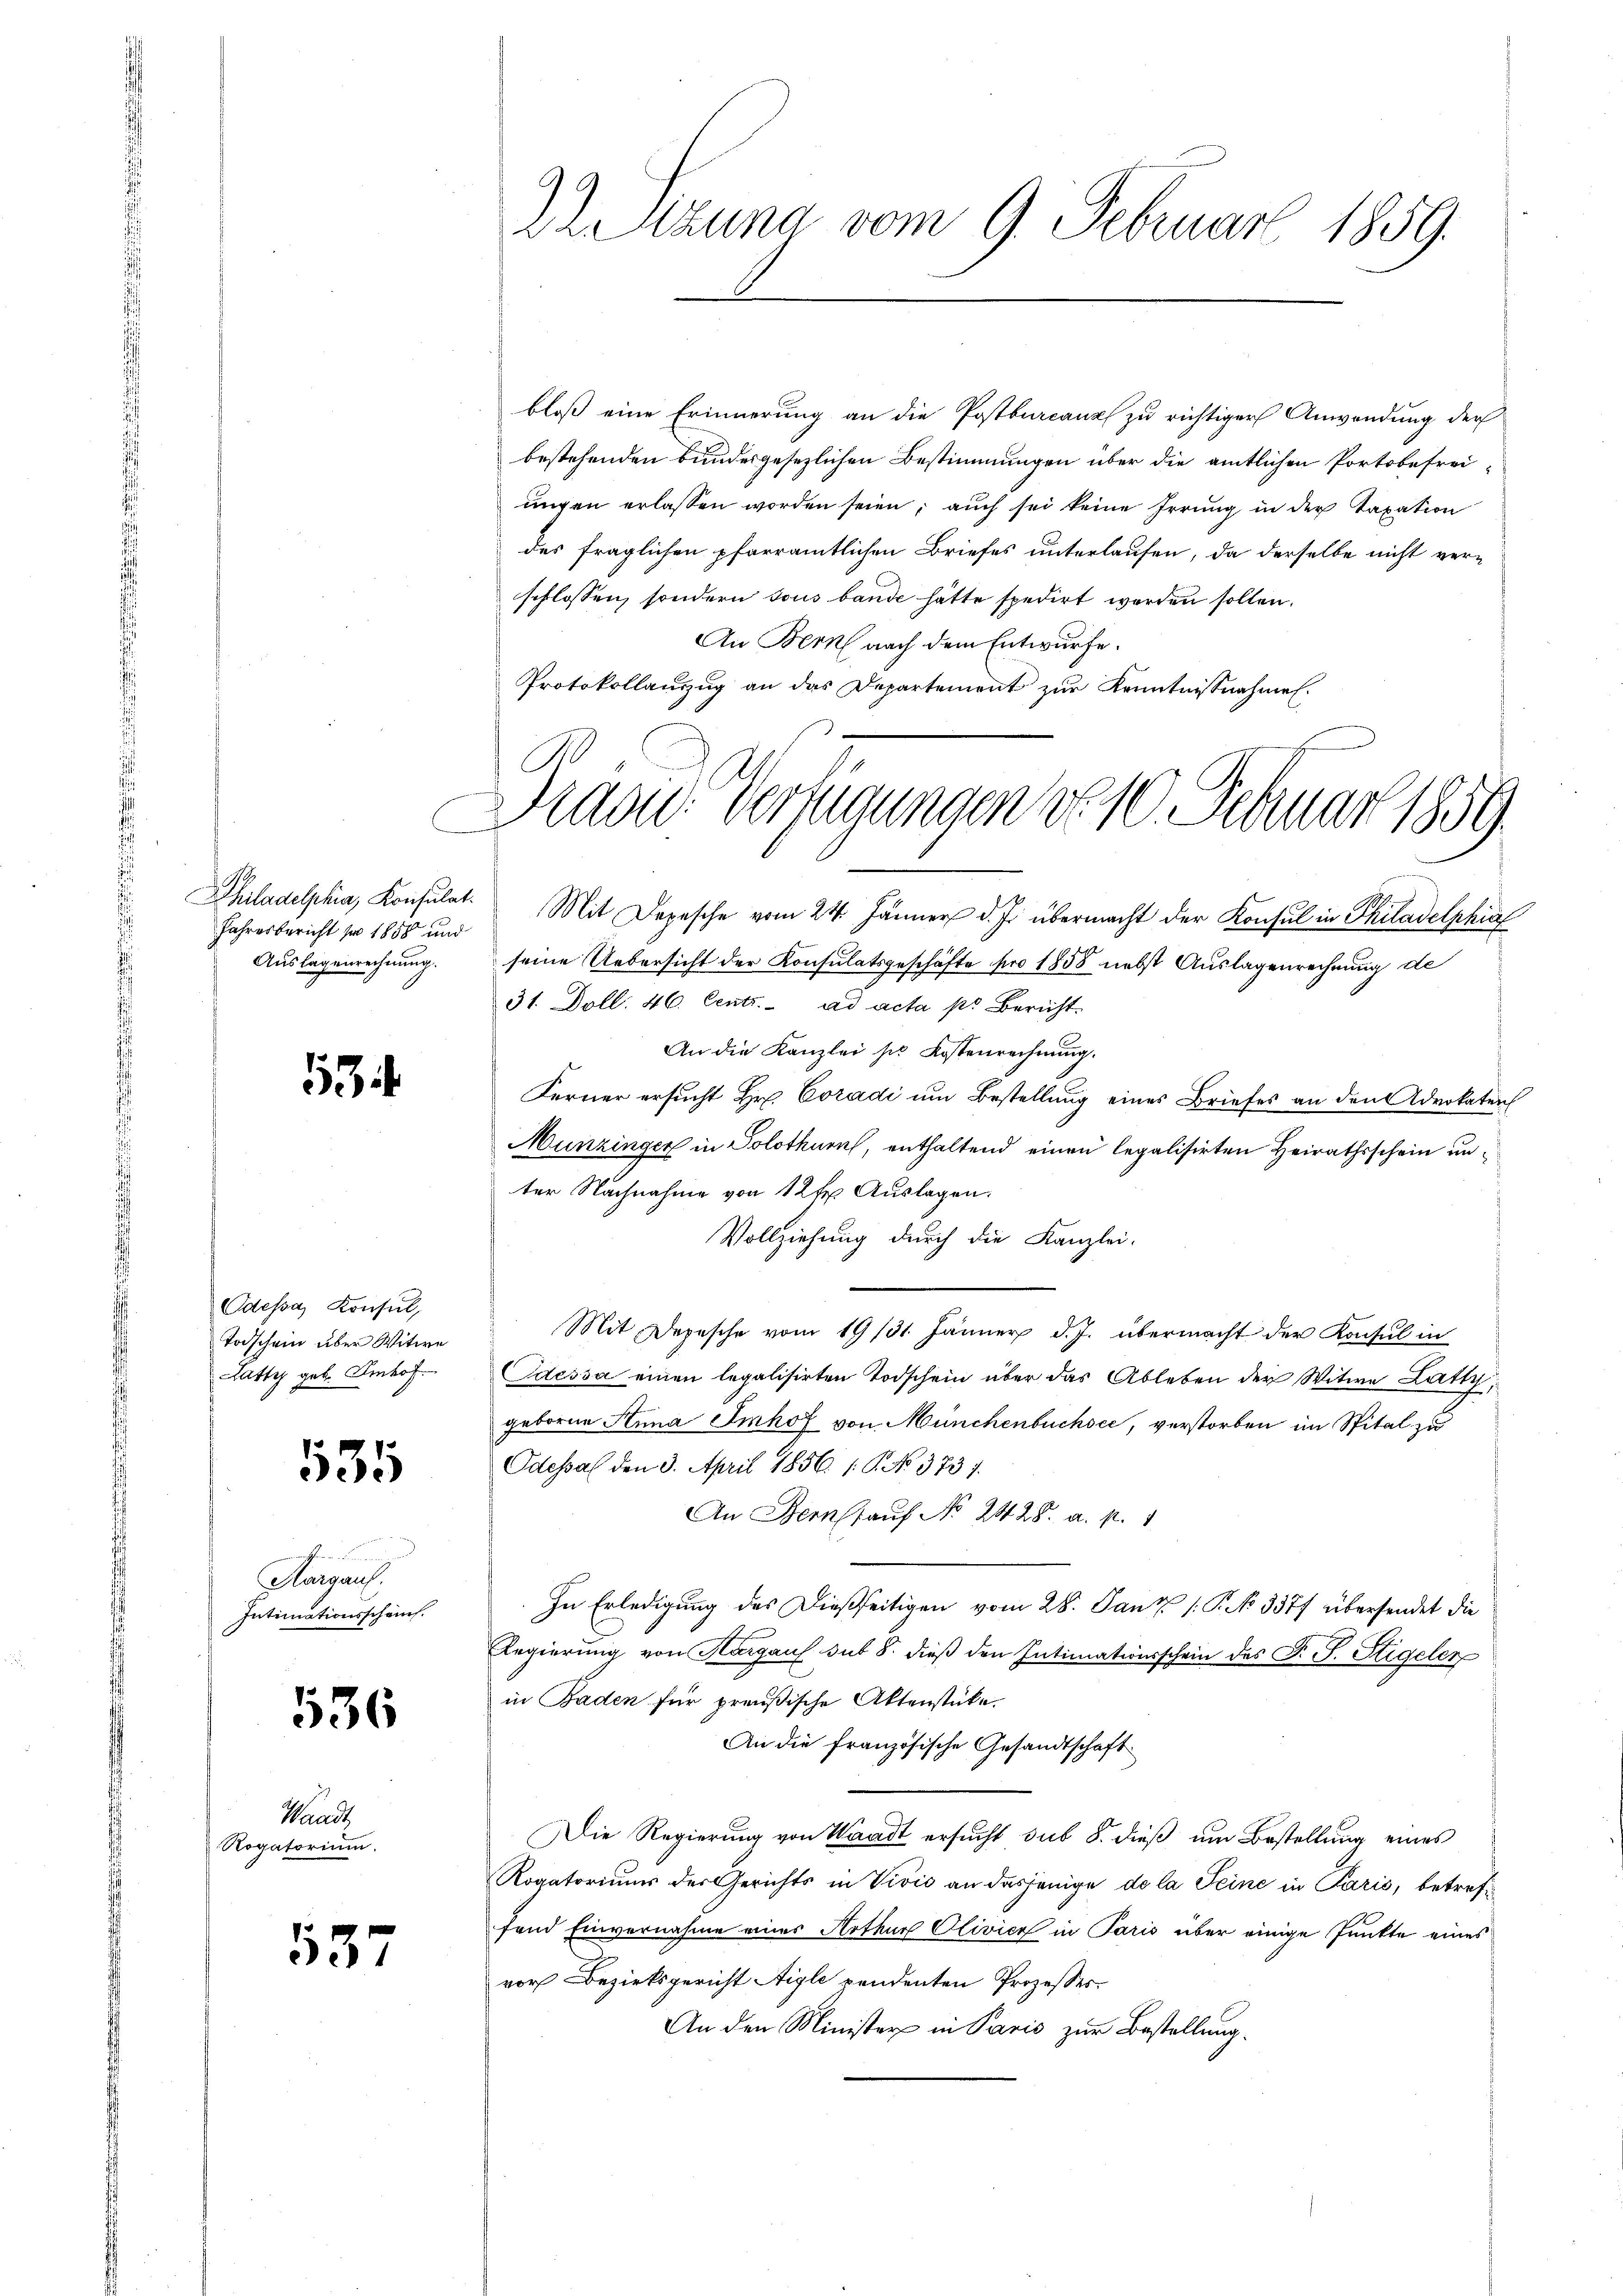
Philadelphia, Konsulat.
Jahresbericht pro 1858 und
Auslagenrechnung.

534.

Odessa, Konsul,
Todschein über Witwe
Latty geb. Imhof

535

Aurgauf
Intimationsschämt.

536

Hande
Rogatorium.

37

Zizuna vom 9. Februar 1859.

bloß eine Erinnerung an die Postburcanz zu richtiger Anwendung der
bestehenden bundesgesezlichen Bestimmungen über die amtlichen Portobefreiungen erlassen worden seien; auch sei keine Irrung in der Taxation
des fraglichen pfarramtlichen Briefes unterlaufen, da derselbe nicht ver-
schlossen, sondern sous bande hätte spedirt werden sollen.
An Bern nach dem Entwurfe.
Protokollanzug an das Departement zur Kenntnissnahmen.

Das Verfügungen d. 10. Februar 1859.

Mit Depesche vom 24. Jänner d. Js. übermacht der Konsul in Philadelphial
seine Uebersicht der Konsulatsgeschäfte pro 1858 nebst Auslagenrechnung de
31. Doll. 46. Centi. ad acta pr Bericht
An die Kanzlei sie Kostenrechnung.
Ferner ersucht Hr. Coradi um Bestellung eines Briefes an den Advokaten
Munzinger in Solothurn, enthaltend einen legalisirten Heirathsschein unter Nachnahme von 12 t Auslagen.
Vollziehung durch die Kanzlei-
Mit Depesche vom 19 131. Jänner d. J. übermacht der Konsul in
Edessa einen legalisirten Todschein über das Ableben der Witwe Latty,
geborene Anna Imhof von Münchenbuchsee, verstorben im Spital zu
Odessal den 3. April 1856. 1. P. No 373 f.
An Bern auf No 2428. a. p. 1
In Erledigung des dießseitigen vom 28. Jan /: P. No 3377 übersendet die
Regierung von Hargaus sub 8. dieß den Intimationsschein des F. S. Stigeler
in Baden für preußische Aktenstücke.
An die französische Gesandtschaft
Die Regierung von Waadt ersucht sub 8. dieß um Bestellung eines
Rogatoriums der Gerichts in Vivis an dasjenige de la Seine in Paris, betreffand Einvernahme eines Arthur Olivice in Paris über einige Punkte eines
vor Bezirksgericht Aigle pendenten Prozesses.
An den Minister in Paris zur Bestellung.